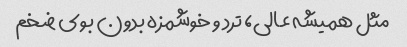
مثل همیشه عالی، ترد و خوشمزه بدون بوی ضخم